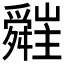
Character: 𦨁